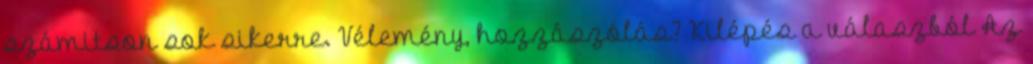
számitson sok sikerre. Vélemény, hozzászólás? Kilépés a válaszból Az